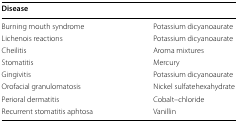
<table><thead><tr><td><b>Disease</b></td><td>[EMPTY_CELL]</td></tr></thead><tbody><tr><td>Burning mouth syndrome</td><td>Potassium dicyanoaurate</td></tr><tr><td>Lichenois reactions</td><td>Potassium dicyanoaurate</td></tr><tr><td>Cheilitis</td><td>Aroma mixtures</td></tr><tr><td>Stomatitis</td><td>Mercury</td></tr><tr><td>Gingivitis</td><td>Potassium dicyanoaurate</td></tr><tr><td>Orofacial granulomatosis</td><td>Nickel sulfatehexahydrate</td></tr><tr><td>Perioral dermatitis</td><td>Cobalt–chloride</td></tr><tr><td>Recurrent stomatitis aphtosa</td><td>Vanillin</td></tr></tbody></table>